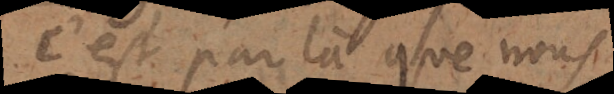
st par là que nous